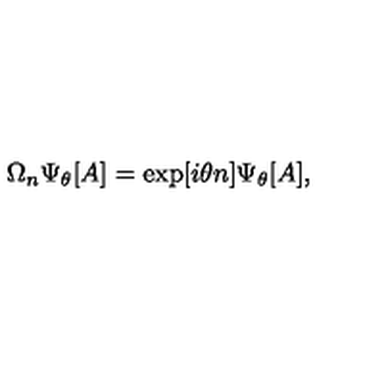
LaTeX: \Omega _ { n } \Psi _ { \theta } [ A ] = \exp [ i \theta n ] \Psi _ { \theta } [ A ] ,